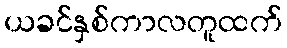
ယခင်နှစ်ကာလတူထက်